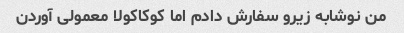
من نوشابه زیرو سفارش دادم اما کوکاکولا معمولی آوردن